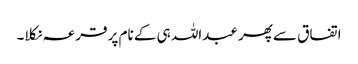
اتفاق سے پھر عبداللہ ہی کے نام پر قرعہ نکلا۔